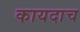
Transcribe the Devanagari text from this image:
कायदाच